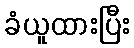
ခံယူထားပြီး